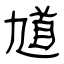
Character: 馗